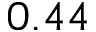
0 . 4 4